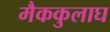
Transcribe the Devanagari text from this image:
मैककुलाघ